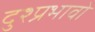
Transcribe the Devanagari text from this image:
दुश्प्रभावो